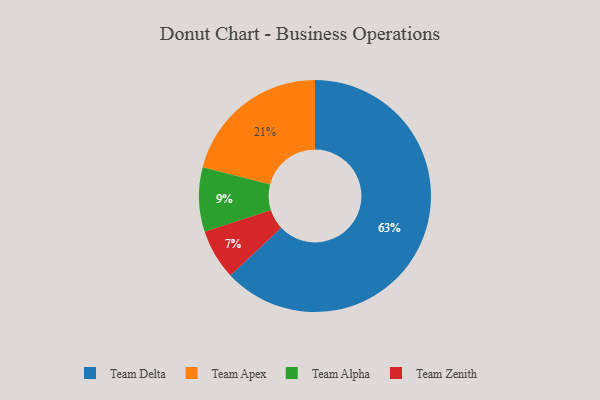
{"axis": {"x": "Category", "y": "Percentage"}, "legend": ["Team Alpha", "Team Apex", "Team Delta", "Team Zenith"], "data": [{"x": "Team Zenith", "y": 7, "type": "Team Zenith"}, {"x": "Team Alpha", "y": 9, "type": "Team Alpha"}, {"x": "Team Apex", "y": 21, "type": "Team Apex"}, {"x": "Team Delta", "y": 63, "type": "Team Delta"}]}